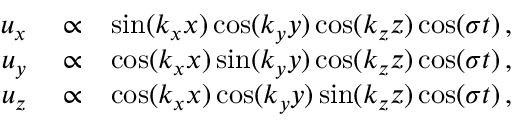
\begin{array} { r l r } { u _ { x } } & { { } \propto } & { \sin ( k _ { x } x ) \cos ( k _ { y } y ) \cos ( k _ { z } z ) \cos ( \sigma t ) \, , } \\ { u _ { y } } & { { } \propto } & { \cos ( k _ { x } x ) \sin ( k _ { y } y ) \cos ( k _ { z } z ) \cos ( \sigma t ) \, , } \\ { u _ { z } } & { { } \propto } & { \cos ( k _ { x } x ) \cos ( k _ { y } y ) \sin ( k _ { z } z ) \cos ( \sigma t ) \, , } \end{array}